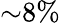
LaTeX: {\sim}8\%